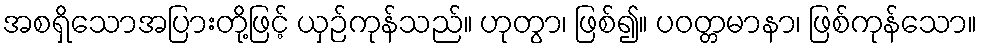
အစရှိသောအပြားတို့ဖြင့် ယှဉ်ကုန်သည်။ ဟုတွာ၊ ဖြစ်၍။ ပဝတ္တမာနာ၊ ဖြစ်ကုန်သော။